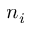
n _ { i }